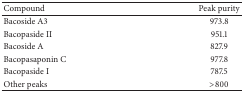
<table><thead><tr><td><b>Compound </b></td><td><b>Peak purity</b></td></tr></thead><tbody><tr><td>Bacoside A3</td><td>973.8</td></tr><tr><td>Bacopaside II</td><td>951.1</td></tr><tr><td>Bacoside A</td><td>827.9</td></tr><tr><td>Bacopasaponin C</td><td>977.8</td></tr><tr><td>Bacopaside I</td><td>787.5</td></tr><tr><td>Other peaks</td><td>&gt;800</td></tr></tbody></table>